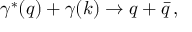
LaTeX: \gamma ^ { * } ( q ) + \gamma ( k ) \rightarrow q + \bar { q } \, ,